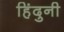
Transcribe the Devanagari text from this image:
हिंदुनी